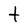
Character: t